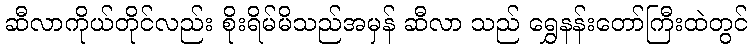
ဆီလာကိုယ်တိုင်လည်း စိုးရိမ်မိသည်အမှန် ဆီလာ သည် ရွှေနန်းတော်ကြီးထဲတွင်